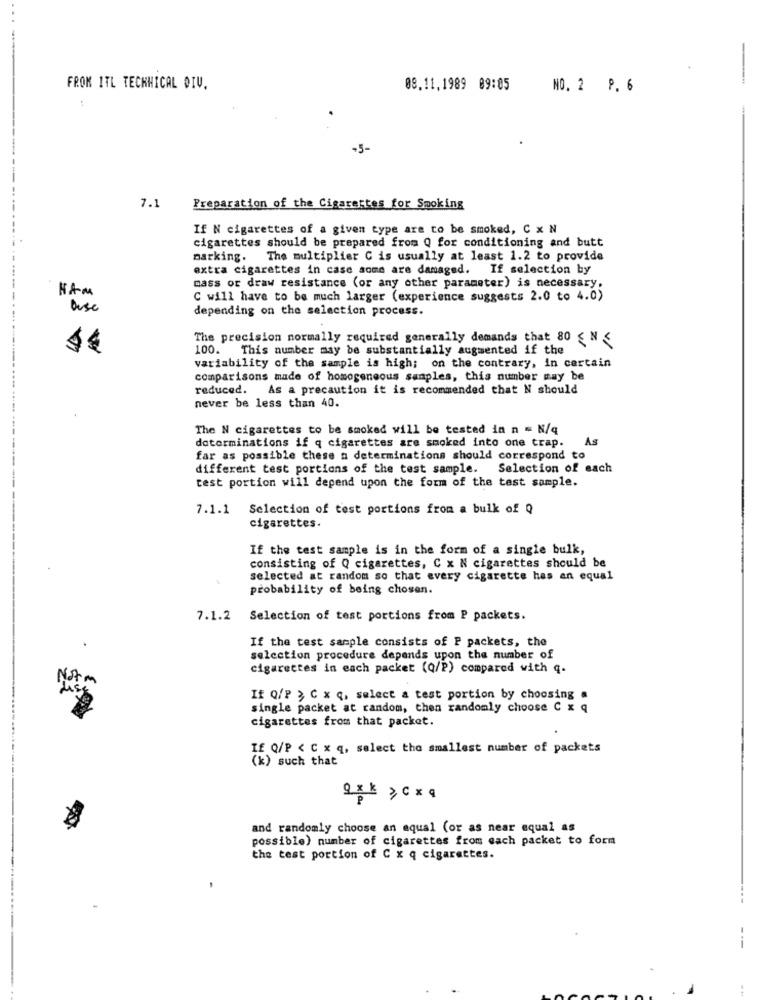
FROK 1TL TECHNICAL DIV.
08.11,1989 09:05
NO. 2 P. 6
-5-
7.1
Preparation of the Cigarettes for Smoking
If N cigarettes of a given type are to be smoked, C x N
cigarettes should be prepared from Q for conditioning and butt
marking.
The multiplier C is usually at least 1.2 to provide
extra cigarettes in case some are damaged. If selection by
HAM
mass or draw resistance (or any other parameter) is necessary.
C will have to be much larger (experience suggests 2.0 to 4.0)
Ouse
depending on the selection process.
The precision normally required generally demands that 80 $ N <
100. This number may be substantially augmented if the
variability of the sample is high; on the contrary, in certain
comparisons made of homogeneous samples, this number may be
reduced. As a precaution it is recommended that N should
never be less than 40.
The N cigarettes to be smoked will be tested in n = N/q
determinations if q cigarettes are smoked into one trap. As
far as possible these a determinations should correspond to
different test portions of the test sample. Selection of each
test portion will depend upon the form of the test sample.
7.1.1 Selection of test portions from a bulk of Q
cigarettes.
If the test sample is in the form of a single bulk,
consisting of Q cigarettes, C x N cigarettes should be
selected at random so that every cigarette has an equal
probability of being chosen.
7.1.2
Selection of test portions from P packets.
If the test sample consists of P packets, the
selection procedure depends upon the number of
cigarettes in each packet (Q/P) compared with q.
Notm
If Q/P > C x q, select a test portion by choosing a
single packet at random, then randomly choose C x q
cigarettes from that packet.
If Q/P < C x q, select the smallest number of packets
(k) such that
Q x k > C x q
and randomly choose an aqual (or as near equal as
possible) number of cigarettes from each packet to form
the test portion of C x q cigarettes.